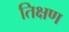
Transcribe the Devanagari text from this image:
तिक्षण